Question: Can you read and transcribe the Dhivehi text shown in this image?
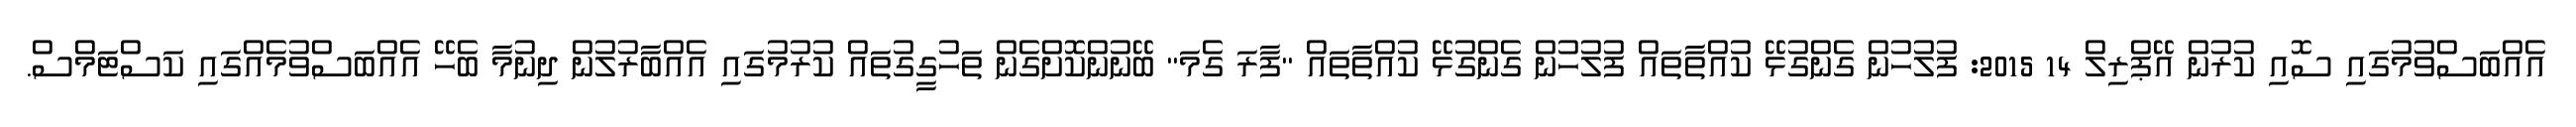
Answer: އެއްބަސްވުމުގައި ސޮއި ކުރުން އޭޕްރިލް 14 2015: ފުލުހުން ގެންގުޅޭ ކުއްތާތައް ފުލުހުން ގެންގުޅޭ ކުއްތާތައް "ފާރަ ގެމަ" ބޭނުންކޮށްގެން ތަހުގީގުތައް ކުރުމުގައި އެއްބާރުލުން ދިނުމާ ބެހޭ އެއްބަސްވުމެއްގައި ކަސްޓަމްސް.